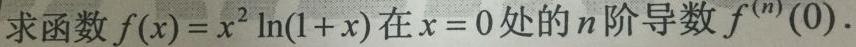
求函数$f(x)=x^{2}\ln(1 + x)$在$x = 0$处的$n$阶导数$f^{(n)}(0)$。